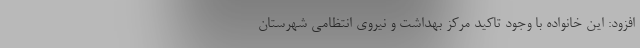
افزود: این خانواده با وجود تاکید مرکز بهداشت و نیروی انتظامی شهرستان